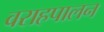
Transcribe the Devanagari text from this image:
वराहपालन